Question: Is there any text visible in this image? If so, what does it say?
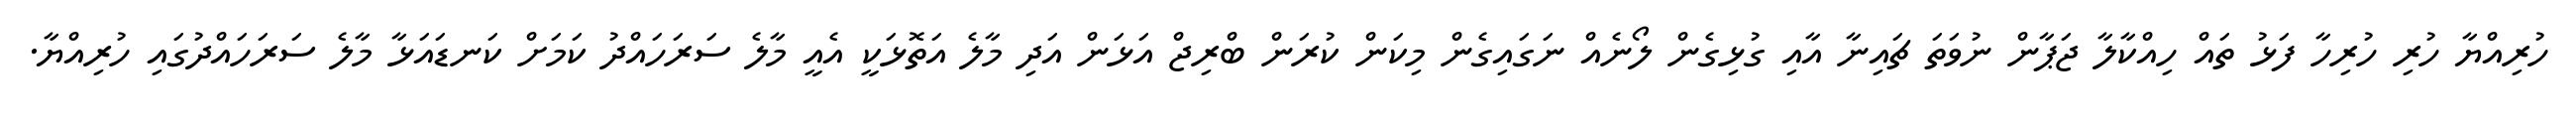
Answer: ހުރިއްޔާ ހުރި ހުރިހާ ފަޅު ތައް ހިއްކާލާ ޖަޕާން ނުވަތަ ޗައިނާ އާއި ގުޅިގެން ލޯނެއް ނަގައިގެން މިކަން ކުރަން ބްރިޖް އަޅަން އަދި މާލެ އަތޮޅަކީ އެއީ މާލެ ސަރަހައްދު ކަމަށް ކަނޑައަޅާ މާލެ ސަރަހައްދުގައި ހުރިއްޔާ.